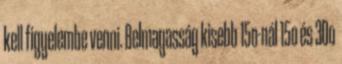
kell figyelembe venni. Belmagasság kisebb 15o-nál 15o és 30o